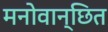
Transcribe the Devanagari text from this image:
मनोवान्छित